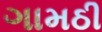
ગામઠી